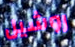
روشيل